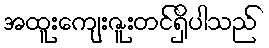
အထူးကျေးဇူးတင်ရှိပါသည်